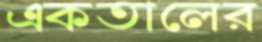
একতালের